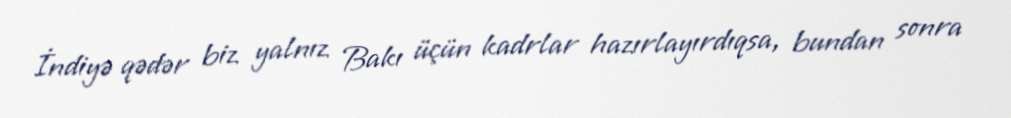
İndiyə qədər biz yalnız Bakı üçün kadrlar hazırlayırdıqsa, bundan sonra